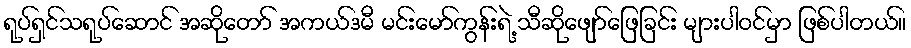
ရုပ်ရှင်သရုပ်ဆောင် အဆိုတော် အကယ်ဒမီ မင်းမော်ကွန်းရဲ့ သီဆိုဖျော်ဖြေခြင်း များပါဝင်မှာ ဖြစ်ပါတယ်။